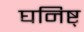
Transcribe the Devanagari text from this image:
घनिष्ट्